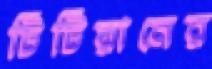
টিটিয়ানের